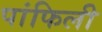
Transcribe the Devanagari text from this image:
पांफिली